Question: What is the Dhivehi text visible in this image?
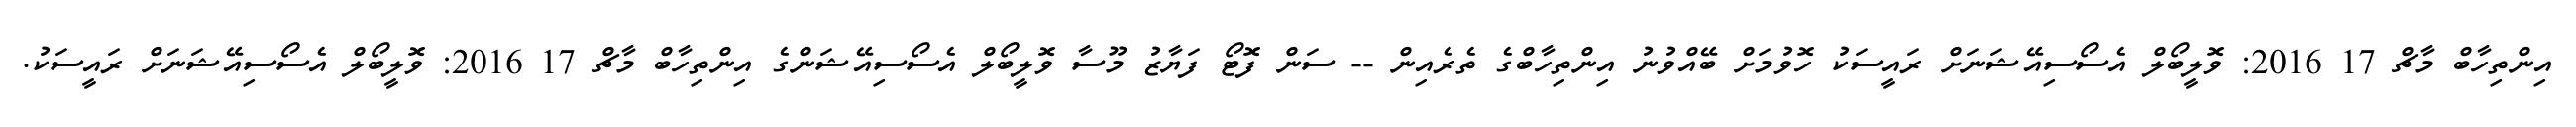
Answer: އިންތިހާބް މާޗް 17 2016: ވޮލީބޯލް އެސޯސިއޭޝަނަށް ރައީސަކު ހޮވުމަށް ބޭއްވުނު އިންތިހާބްގެ ތެރެއިން -- ސަން ފޮޓޯ ފަޔާޒު މޫސާ ވޮލީބޯލް އެސޯސިއޭޝަންގެ އިންތިހާބް މާޗް 17 2016: ވޮލީބޯލް އެސޯސިއޭޝަނަށް ރައީސަކު.